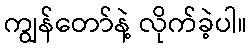
ကျွန်တော်နဲ့ လိုက်ခဲ့ပါ။